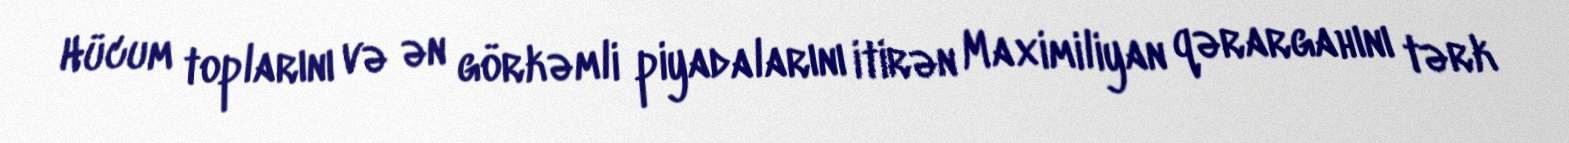
Hücum toplarını və ən görkəmli piyadalarını itirən Maximiliyan qərargahını tərk